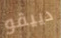
دييقو